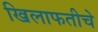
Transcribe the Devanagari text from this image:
खिलाफतीचे